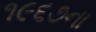
૧૯૬૭ના